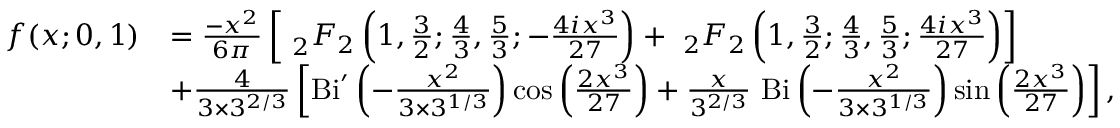
{ \begin{array} { r l } { f ( x ; 0 , 1 ) } & { = { \frac { - x ^ { 2 } } { 6 \pi } } \left[ ~ _ { 2 } F _ { 2 } \left( 1 , { \frac { 3 } { 2 } } ; { \frac { 4 } { 3 } } , { \frac { 5 } { 3 } } ; - { \frac { 4 i x ^ { 3 } } { 2 7 } } \right) + ~ _ { 2 } F _ { 2 } \left( 1 , { \frac { 3 } { 2 } } ; { \frac { 4 } { 3 } } , { \frac { 5 } { 3 } } ; { \frac { 4 i x ^ { 3 } } { 2 7 } } \right) \right] } \\ & { + { \frac { 4 } { 3 \times 3 ^ { 2 / 3 } } } \left[ \mathrm { B i } ^ { \prime } \left( - { \frac { x ^ { 2 } } { 3 \times 3 ^ { 1 / 3 } } } \right) \cos \left( { \frac { 2 x ^ { 3 } } { 2 7 } } \right) + { \frac { x } { 3 ^ { 2 / 3 } } } ~ \mathrm { B i } \left( - { \frac { x ^ { 2 } } { 3 \times 3 ^ { 1 / 3 } } } \right) \sin \left( { \frac { 2 x ^ { 3 } } { 2 7 } } \right) \right] , } \end{array} }